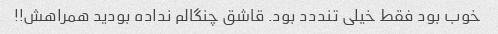
خوب بود فقط خیلی تنددد بود. قاشق چنگالم نداده بودید همراهش!!